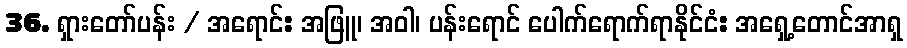
36. ရှားတော်ပန်း / အရောင်: အဖြူ၊ အဝါ၊ ပန်းရောင် ပေါက်ရောက်ရာနိုင်ငံ: အရှေ့တောင်အာရှ